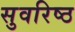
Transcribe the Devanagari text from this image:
सुवरिष्ठ